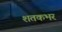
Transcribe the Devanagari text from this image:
शतकभर